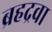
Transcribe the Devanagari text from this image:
ब्रहद्रवा